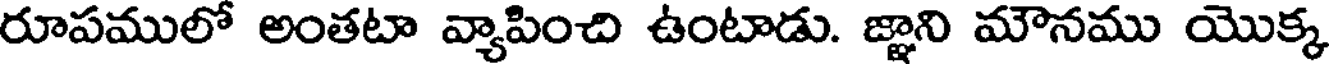
రూపములో అంతటా వ్యాపించి ఉంటాడు. జ్ఞాని మౌనము యొక్క